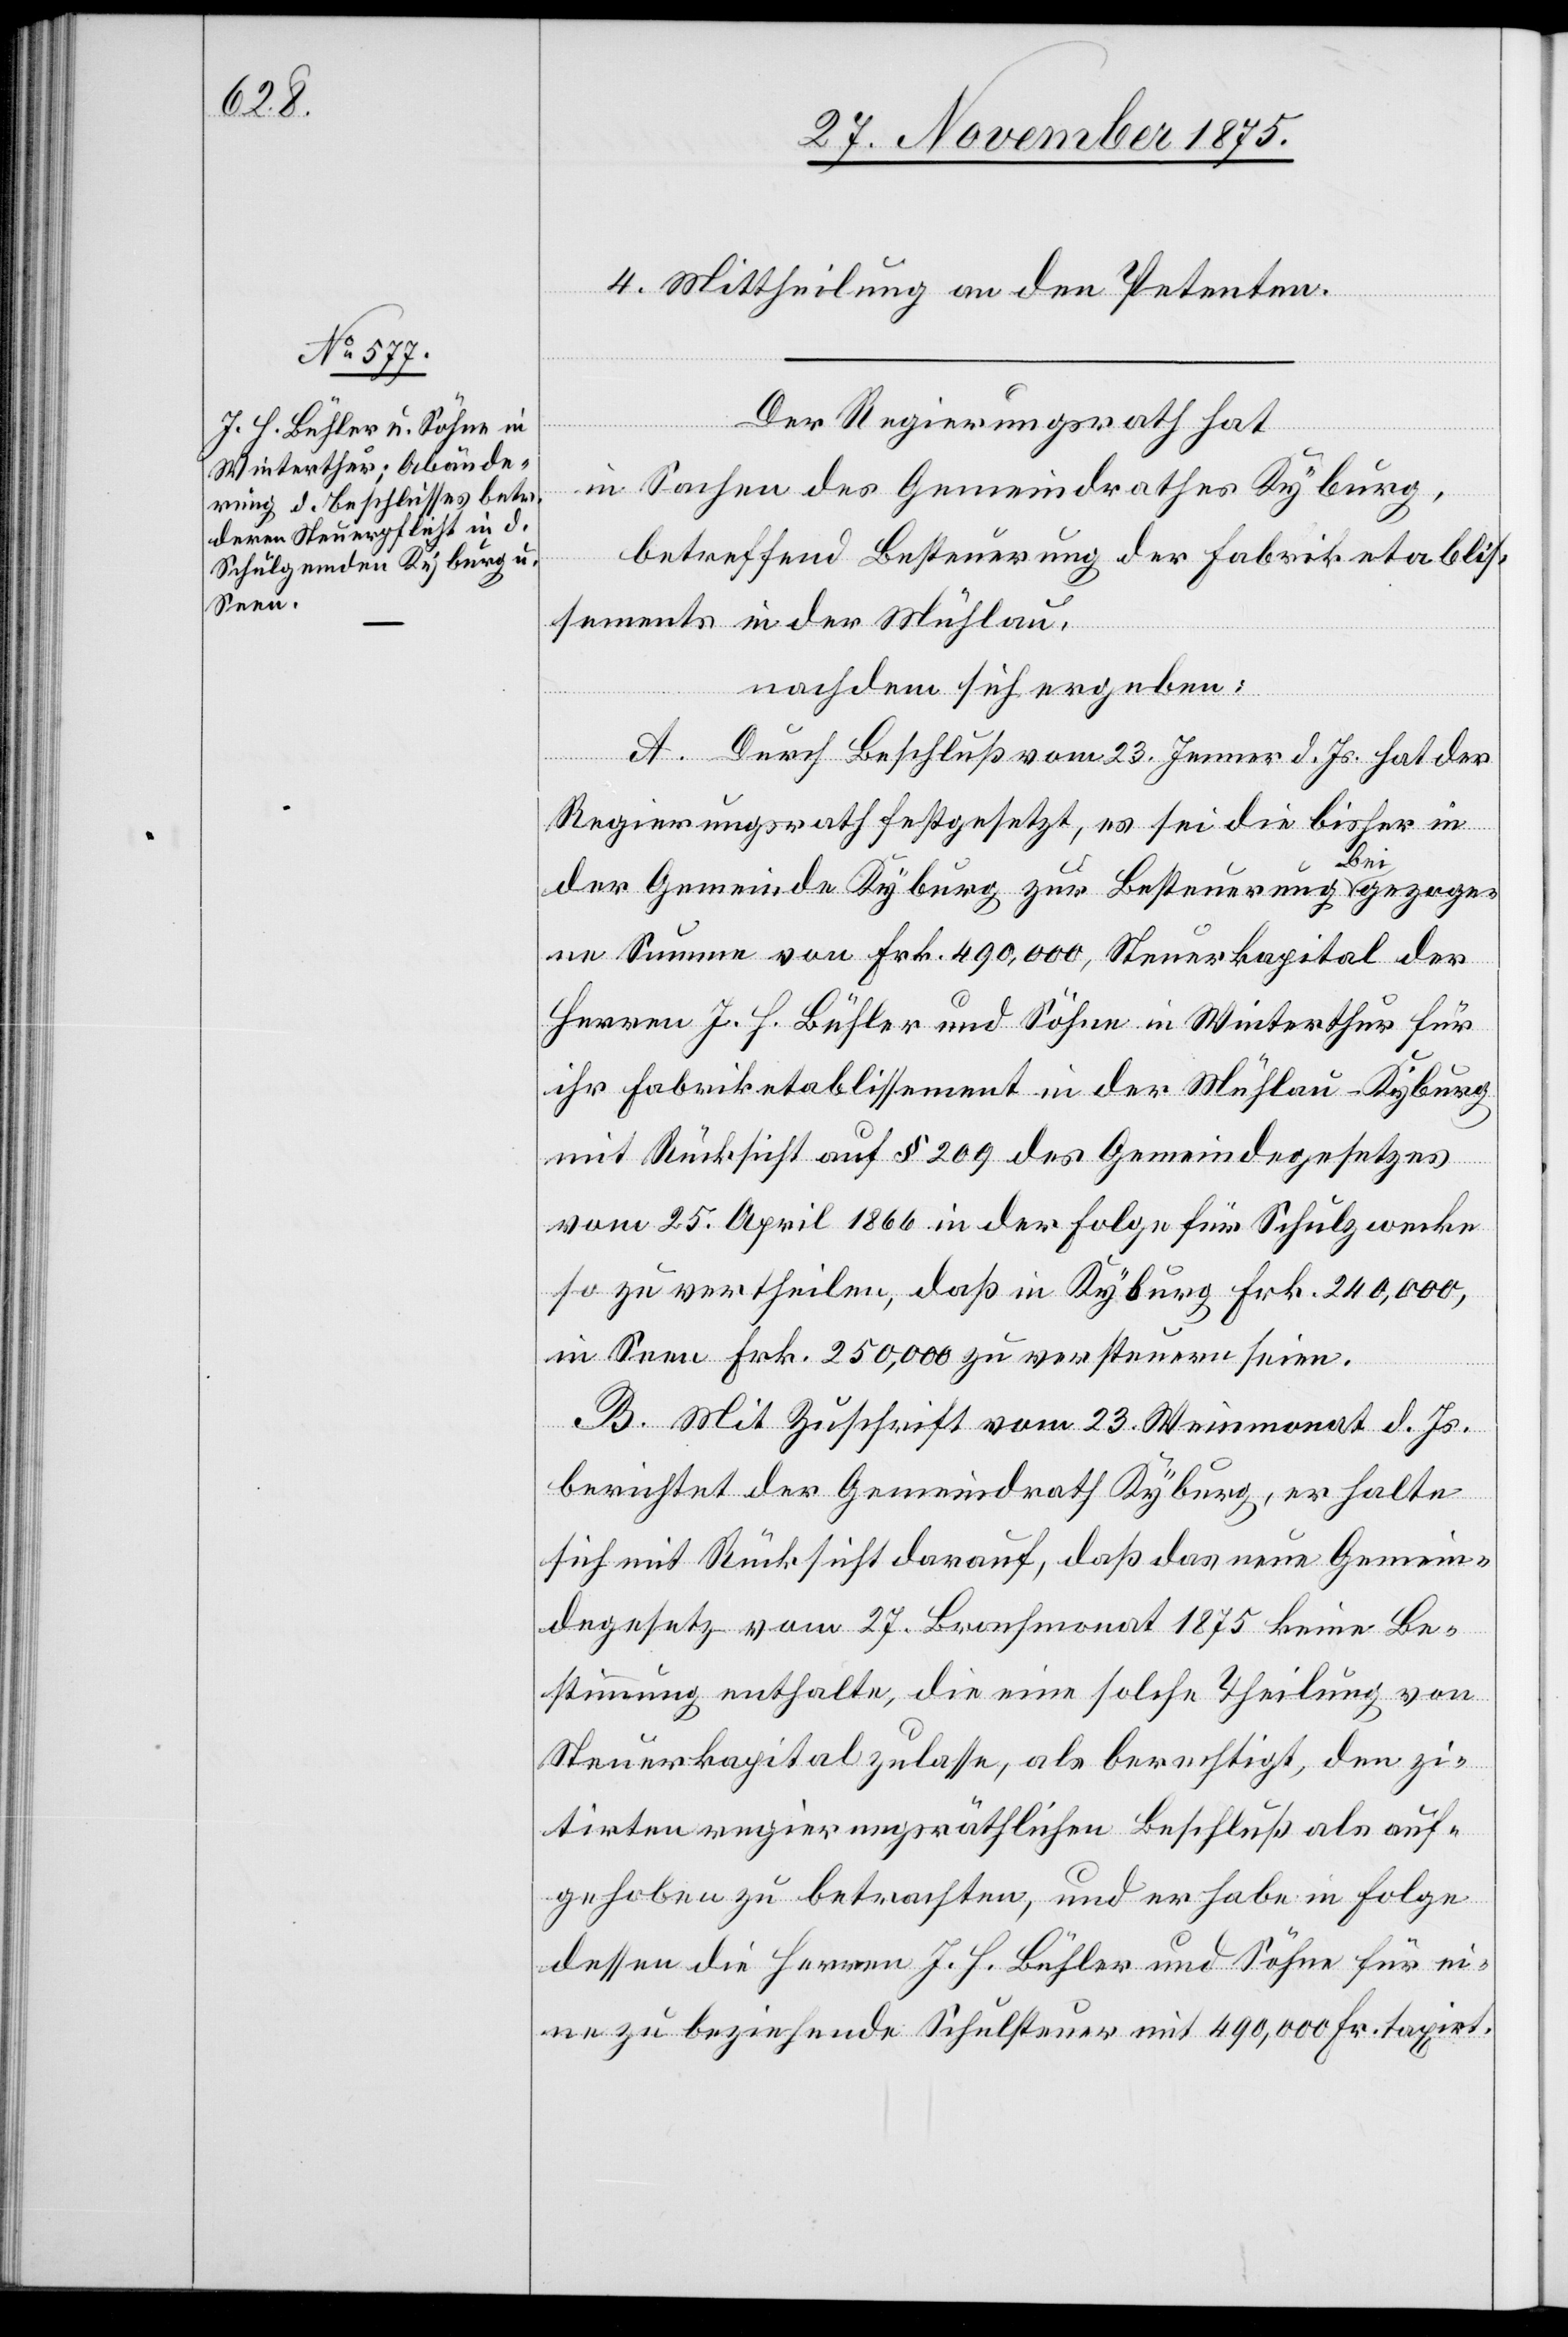
4. Mittheilung an den Petenten.
Der Regierungsrath hat
in Sachen des Gemeindrathes Kyburg,
betreffend Besteuerung der Fabriketablis¬
sements in der Mühlau,
nachdem sich ergeben:
A. Durch Beschluß vom 23. Jenner d. Js. hat der
Regierungsrath festgesetzt, es sei die bisher in
der Gemeinde Kyburg zur Besteuerung beigezoge¬
ne Summe von Frk. 490,000, Steuerkapital der
Herren J. H. Bühler und Söhne in Winterthur für
ihr Fabriketablissement in der Mühlau - Kyburg
mit Rücksicht auf § 209 des Gemeindegesetzes
vom 25. April 1866 in der Folge für Schulzwecke
so zu vertheilen, daß in Kyburg Frk. 240,000,
in Seen Frk. 250,000 zu versteuern seien.
B. Mit Zuschrift vom 23. Weinmonat d. Js.
berichtet der Gemeindrath Kyburg, er halte
sich mit Rücksicht darauf, daß das neue Gemein¬
degesetz vom 27. Brachmonat 1875 keine Be¬
stimmung enthalte, die eine solche Theilung von
Steuerkapital zulasse, als berechtigt, den zi¬
tirten regierungsräthlichen Beschluß als auf¬
gehoben zu betrachten, und er habe in Folge
dessen die Herren J. H. Bühler und Söhne für ei¬
ne zu beziehende Schulsteuer mit 490,000 Fr. taxirt.